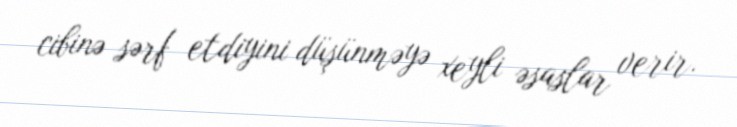
cibinə sərf etdiyini düşünməyə xeyli əsaslar verir.